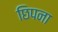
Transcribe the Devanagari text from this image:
छिपना